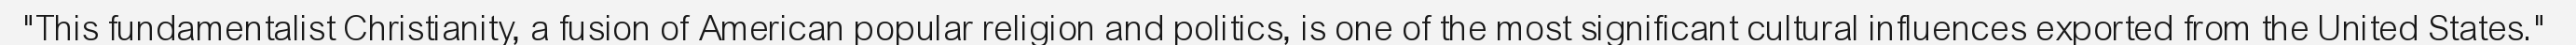
"This fundamentalist Christianity, a fusion of American popular religion and politics, is one of the most significant cultural influences exported from the United States."